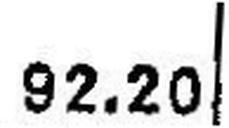
92.20